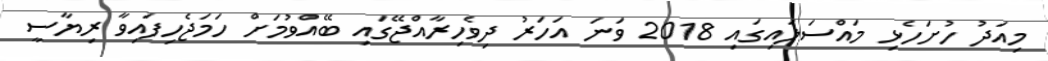
މިއަދު ހުށަހެޅި މައްސަލައިގައި 2018 ވަނަ އަހަރު ދިވެހިރާއްޖޭގައި ބޭއްވުމަށް ހަމަޖެހިފައިވާ ރިޔާސީ